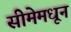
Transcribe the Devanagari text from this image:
सीमेमधून